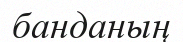
банданың